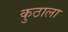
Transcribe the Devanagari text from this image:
कुठाला